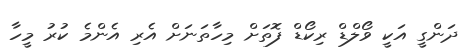
ދަންގީ އަކީ ވޯލްޑް ރިކޯޑް ފޮތަށް މިހާތަނަށް އެރި އެންމެ ކުރު މީހާ